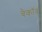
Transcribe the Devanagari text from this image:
बैकॉव